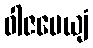
ဝါဇပေယျံ